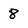
Character: 8